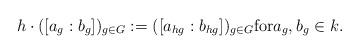
LaTeX: \begin{align*}h \cdot ( [a_g : b_g])_{g \in G} := ([a_{hg} : b_{hg}])_{g \in G} {\rm for} a_g, b_g \in k. \end{align*}